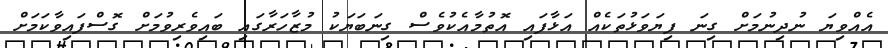
އެއްވިޔަ ނުދިނުމަށް ގިނަ ފިޔަވަޅުތަކެއް އަޅާފައި އޮތުމާއެކުވެސް ގިނަބަޔަކު މުޒާހަރާގައި ބައިވެރިވުމަށް ގޮސްފައިވާކަމަށް